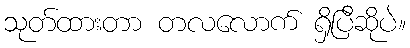
သုတ်ထားတာ တလလောက် ရှိပြီဆိုပဲ။